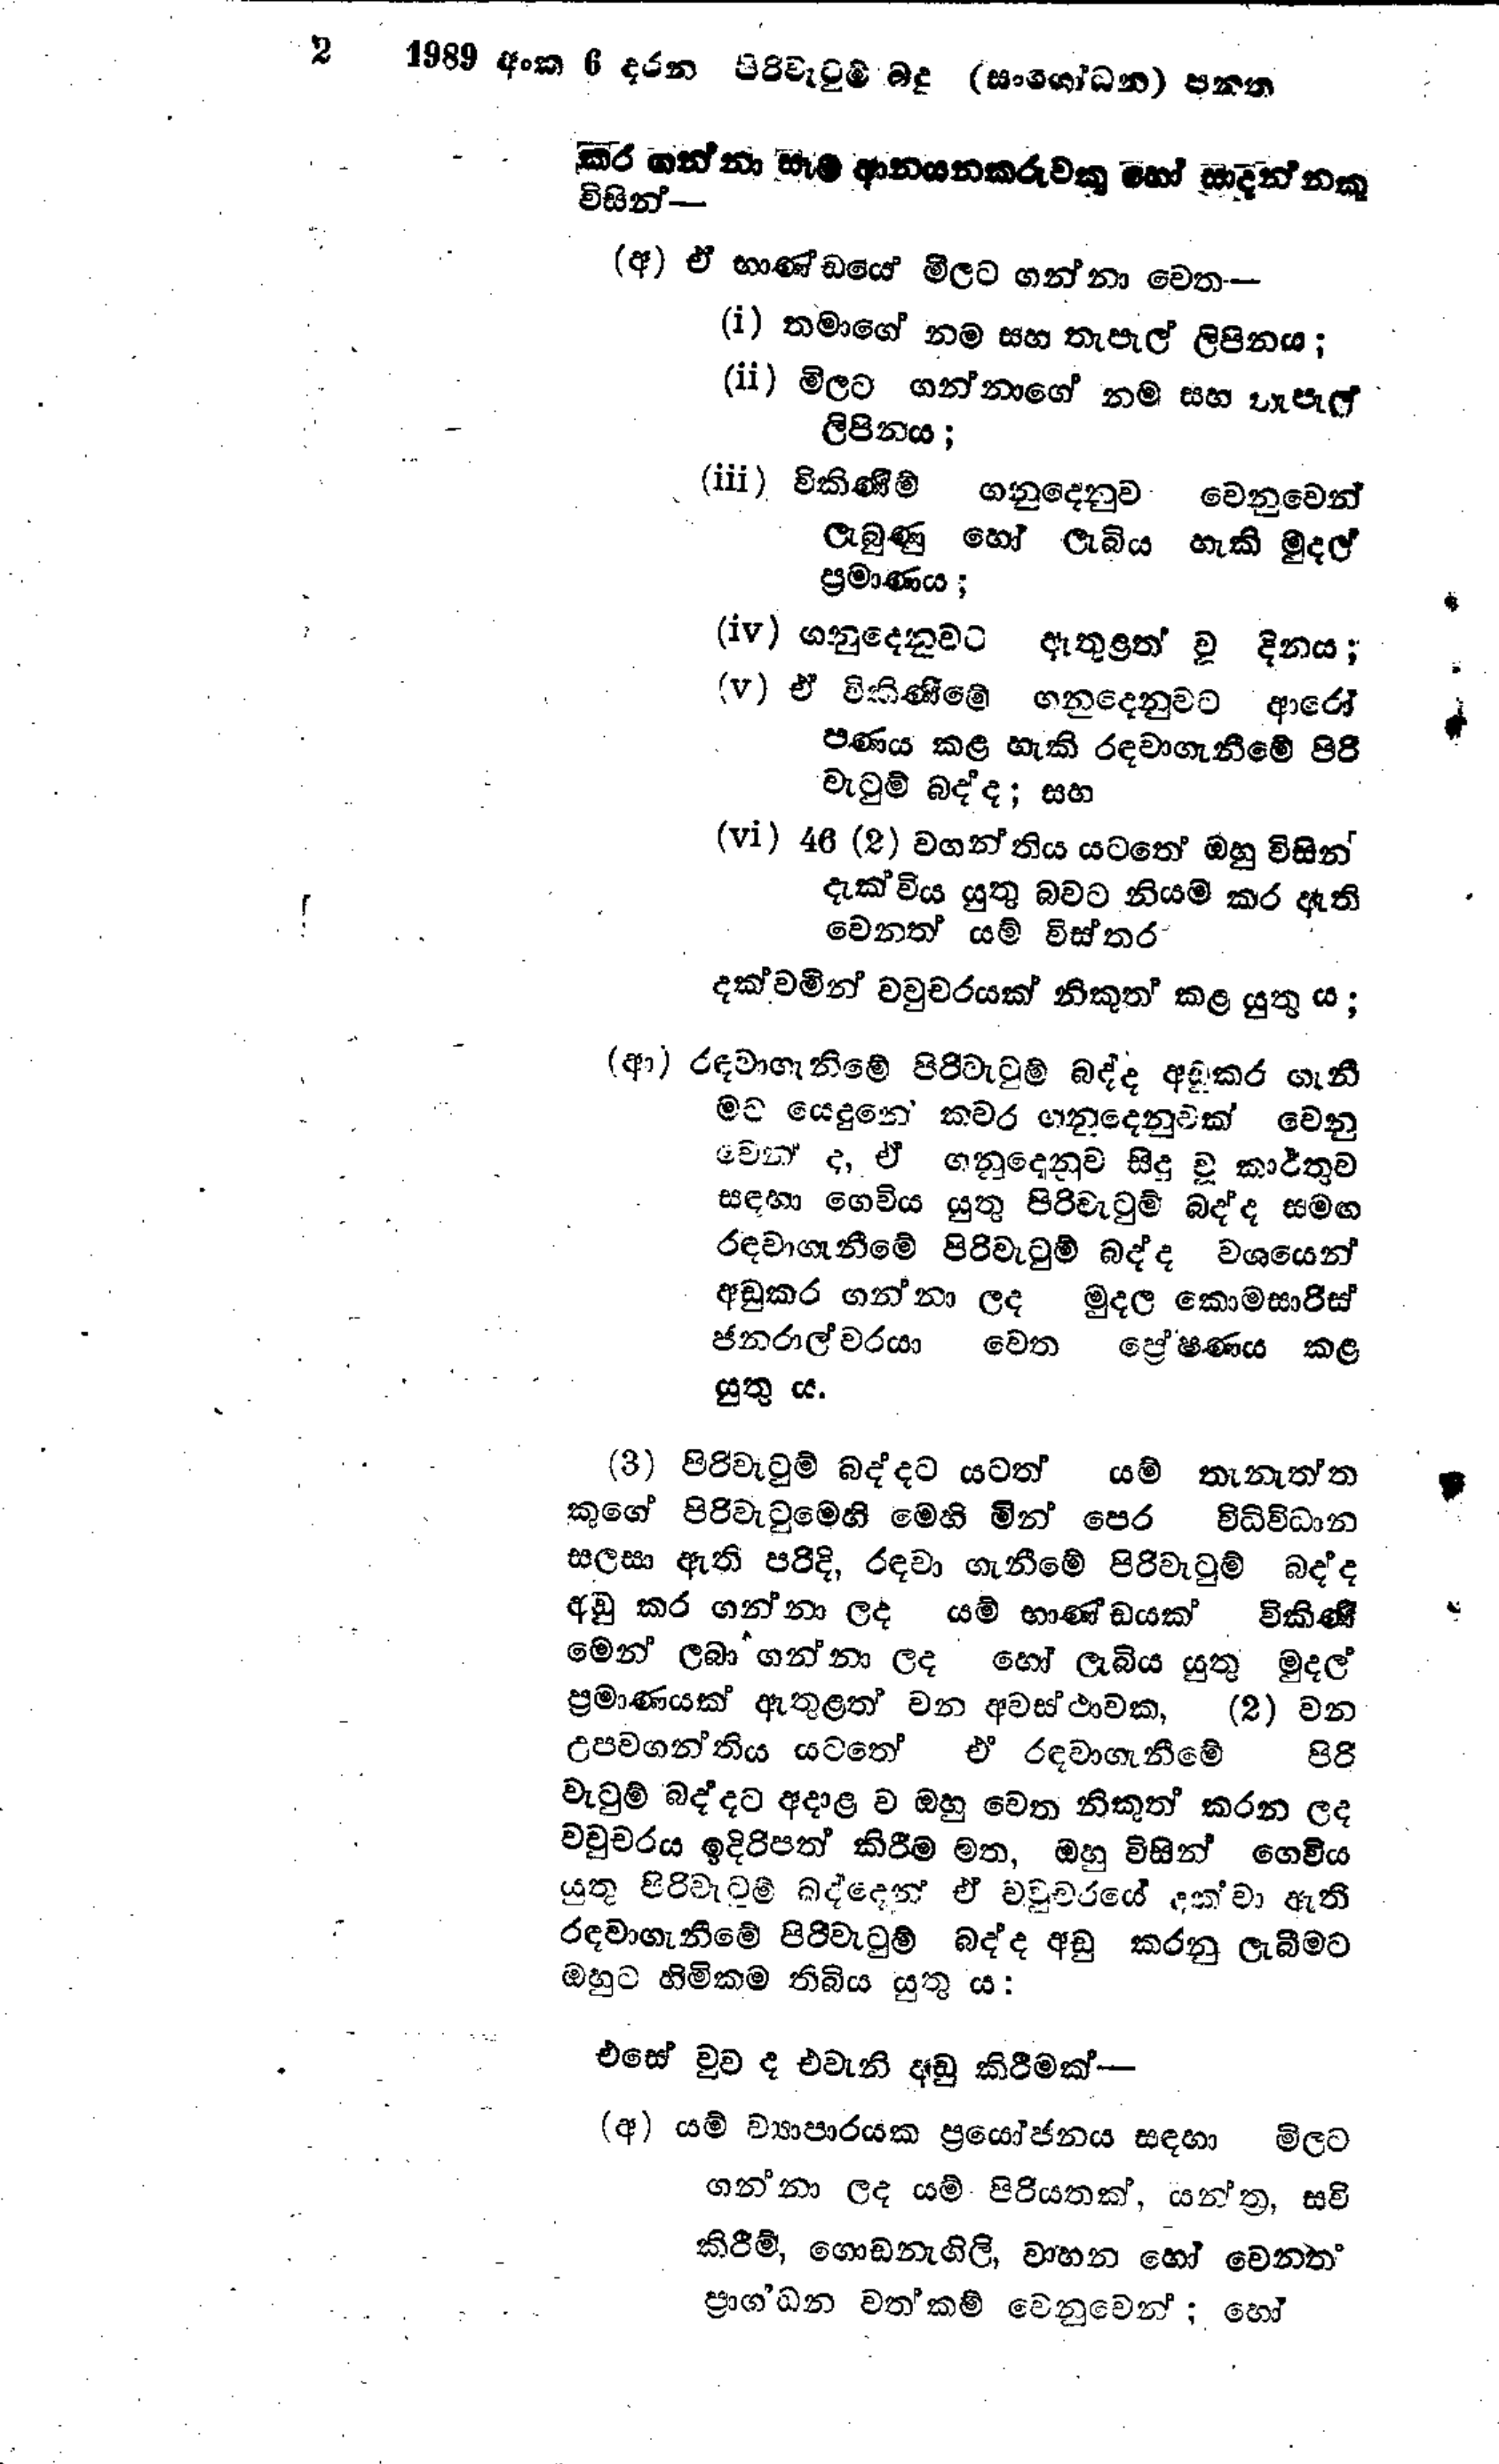
2 1989 අංක 6 දරන පිරිවැටුම් බදු (සංශෝධන) පනත

කර ගන්නා සෑම ආනයනකරුවකු හෝ සාදන්නකු
විසින් -

(අ) ඒ භාණ්ඩයේ මිලට ගන්නා වෙත -

(i) තමාගේ නම සහ තැපැල් ලිපිනය ;
(ii) මිලට ගන්නාගේ නම සහ තැපැල්
ලිපිනය ;
(iii) විකිණීම් ගනුදෙනුව වෙනුවෙන්
ලැබුණු හෝ ලැබිය හැකි මුදල්
ප්‍රමාණය;
(iv) ගනුදෙනුවට ඇතුළත් වූ දිනය;
(v) ඒ විකිණීමේ ගනුදෙනුවට ආරෝ
පණය කළ හැකි රඳවා ගැනීමේ පිරි
වැටුම් බද්ද; සහ
(vi) 46 (2) වගන්තිය යටතේ ඔහු විසින්
දැක්විය යුතු බවට නියම කර ඇති
වෙනත් යම් විස්තර

දක්වමින් වවුචරයක් නිකුත් කළ යුතු ය;

(ආ) රඳවා ගැනිමේ පිරිවැටුම් බද්ද අඩුකර ගැනී
මට යෙදුනේ කවර ගනුදෙනුවක් වෙනු
වෙන් ද, ඒ ගනුදෙනුව සිදු වූ කාර්තුව
සඳහා ගෙවිය යුතු පිරිවැටුම් බද්ද සමඟ
රඳවා ගැනීමේ පිරිවැටුම් බද්ද වශයෙන්
අඩුකර ගන්නා ලද මුදල කොමසාරිස්
ජනරාල්වරයා වෙත ප්‍රේෂණය කළ
යුතු ය.

(3) පිරිවැටුම් බද්දට යටත් යම් තැනැත්ත
කුගේ පිරිවැටුමෙහි මෙහි මින් පෙර විධිවිධාන
සලසා ඇති පරිදි, රඳවා ගැනීමේ පිරිවැටුම් බද්ද
අඩු කර ගන්නා ලද යම් භාණ්ඩයක් විකිණී
මෙන් ලබා ගන්නා ලද හෝ ලැබිය යුතු මුදල්
ප්‍රමාණයක් ඇතුළත් වන අවස්ථාවක, (2) වන
උපවගන්තිය යටතේ ඒ රඳවා ගැනීමේ පිරි
වැටුම් බද්දට අදාළ ව ඔහු වෙත නිකුත් කරන ලද
වවුචරය ඉදිරිපත් කිරීම මත, ඔහු විසින් ගෙවිය
යුතු පිරිවැටුම් බද්දෙන් ඒ වවුචරයේ දක්වා ඇති
රඳවා ගැනීමේ පිරිවැටුම් බද්ද අඩු කරනු ලැබීමට
ඔහුට හිමිකම තිබිය යුතු ය:

එසේ වුව ද එවැනි අඩු කිරීමක්-

(අ) යම් ව්‍යාපාරයක ප්‍රයෝජනය සඳහා මිලට
ගන්නා ලද යම් පිරියතක්, යන්ත්‍ර, සවි
කිරීම්, ගොඩනැගිලි, වාහන හෝ වෙනත්
ප්‍රාග්ධන වත්කම් වෙනුවෙන් ; හෝ